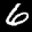
Digit: 6